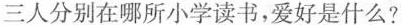
三人分别在哪所小学读书，爱好是什么?